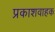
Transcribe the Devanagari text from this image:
प्रकाशवाहक